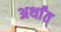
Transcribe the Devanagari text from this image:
अर्थांत्‌